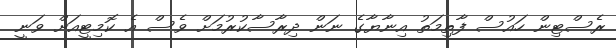
ރެސްޓިން ހައުސް ފާތިމަތު އިނާޔާގެ ނަން ދިރާސާކުރުމަށް ވެސް އެ ކޮމިޓީއަށް ވަނީ